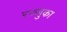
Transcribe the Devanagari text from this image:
रज्जुका